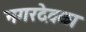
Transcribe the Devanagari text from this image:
नगरदेवळा